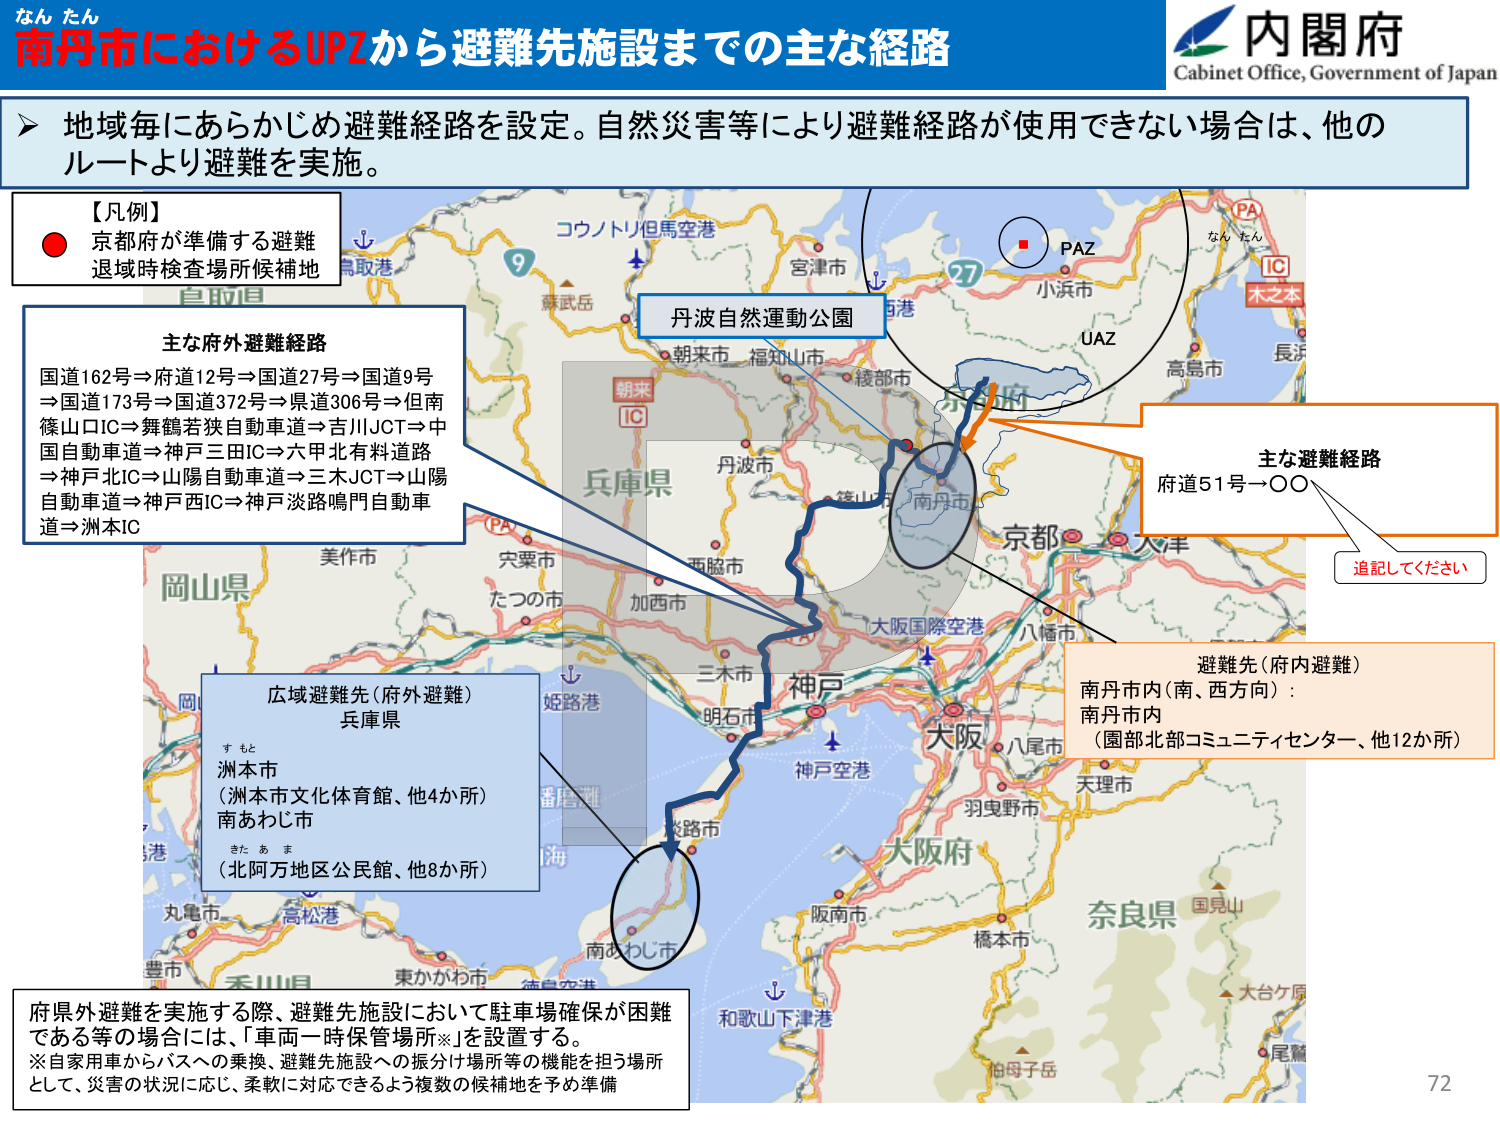
なん たん
南丹市におけるUPZから避難先施設までの主な経路
内閣府
Cabinet Office, Government of Japan

地域毎にあらかじめ避難経路を設定。自然災害等により避難経路が使用できない場合は、他のルートより避難を実施。

【凡例】
● 京都府が準備する避難退域時検査場所候補地

主な府外避難経路
国道162号⇒府道12号⇒国道27号⇒国道9号⇒国道173号⇒国道372号⇒県道306号⇒但南篠山口IC⇒舞鶴若狭自動車道⇒吉川JCT⇒中国自動車道⇒神戸三田IC⇒六甲北有料道路⇒神戸北IC⇒山陽自動車道⇒三木JCT⇒山陽自動車道⇒神戸西IC⇒神戸淡路鳴門自動車道⇒洲本IC

コウノトリ但馬空港
鳥取港
9
蒜武岳
宮津市
丹波自然運動公園
朝来市 福知山市
綾部市
PA
なん たん
IC
木之本
小浜市
UAZ
高島市
長浜
京都市
兵庫県
丹波市
篠山市
南丹市
大阪国際空港
八幡市
神戸
三木市
明石市
姫路港
淡路市
神戸空港
大阪府
八尾市
羽曳野市
天理市
奈良県
国見山
大台ケ原
尾鷲
柏母子岳
和歌山下津港
南あわじ市
東かがわ市
徳島空港
丸亀市
高松港
香川県
岡山県
美作市
宍粟市
たつの市
加西市
西脇市
広域避難先（府外避難）
兵庫県
すもと
洲本市
（洲本市文化体育館、他4か所）
南あわじ市
きた あ ま
（北阿万地区公民館、他8か所）

主な避難経路
府道51号→○○
追記してください

避難先（府内避難）
南丹市内（南、西方向）：
南丹市内
（園部北部コミュニティセンター、他12か所）

府県外避難を実施する際、避難先施設において駐車場確保が困難である等の場合には、「車両一時保管場所※」を設置する。
※自家用車からバスへの乗換、避難先施設への振分け場所等の機能を担う場所として、災害の状況に応じ、柔軟に対応できるよう複数の候補地を予め準備

72